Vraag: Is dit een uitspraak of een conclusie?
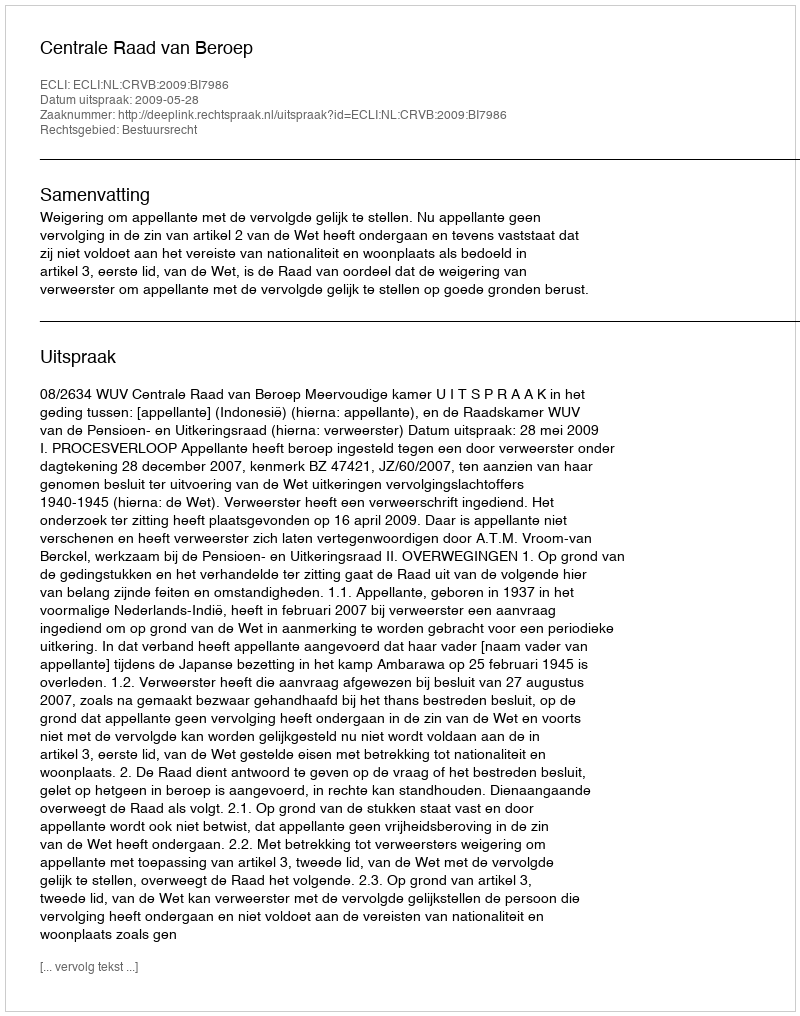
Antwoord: Uitspraak